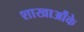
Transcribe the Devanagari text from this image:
शाखाऔंके